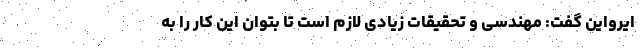
ایرواین گفت: مهندسی و تحقیقات زیادی لازم است تا بتوان این کار را به